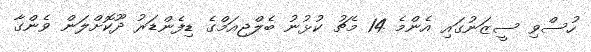
ހުސްވި ސީޒަނުގައި އެންމެ 14 މެޗު ކުޅުނު ބެލްޖިއަމްގެ ޑިފެންޑަރު ދޫކޮށްލަން ވެންގާ